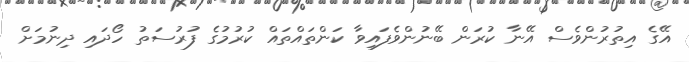
އޭގެ އިތުރުންވެސް އޭނާ ކުރަން ބޭނުންވެފައިވާ ކަންތައްތައް ކުރުމުގެ ފުރުސަތު ހޯދައި ދިނުމަށް